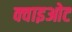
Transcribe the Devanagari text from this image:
क्वाइओट